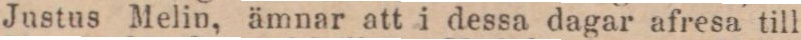
Justus Melin, ämnar att i dessa dagar afresa till